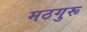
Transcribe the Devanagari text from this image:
मठगुरू